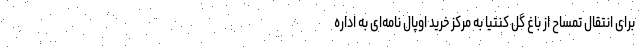
برای انتقال تمساح از باغ گل کنتیا به مرکز خرید اوپال نامه‌ای به اداره